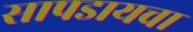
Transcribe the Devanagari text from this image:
सापडायचा